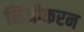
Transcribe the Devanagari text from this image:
निजीकरन